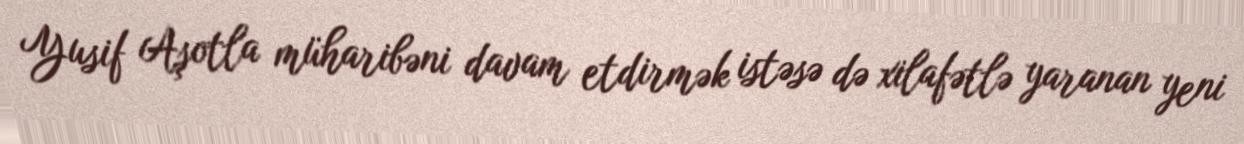
Yusif Aşotla müharibəni davam etdirmək istəsə də xilafətlə yaranan yeni